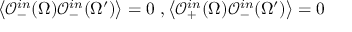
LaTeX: \left< \mathcal { O } _ { - } ^ { i n } ( \Omega ) \mathcal { O } _ { - } ^ { i n } ( \Omega ^ { \prime } ) \right> = 0 \ , \left< \mathcal { O } _ { + } ^ { i n } ( \Omega ) \mathcal { O } _ { - } ^ { i n } ( \Omega ^ { \prime } ) \right> = 0